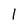
Character: 1